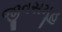
જીવસમૂહ